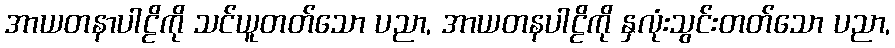
အာယတနာပါဠိကို သင်ယူတတ်သော ပညာ, အာယတနပါဠိကို နှလုံးသွင်းတတ်သော ပညာ,